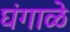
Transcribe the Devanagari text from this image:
घंगाळे